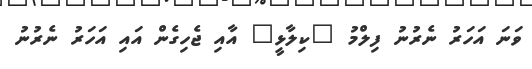
ވަނަ އަހަރު ނެރުނު ފިލްމު "ކިލާޅީ" އާއި ޖެހިގެން އައި އަހަރު ނެރުނު